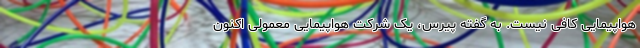
هواپیمایی کافی نیست. به گفته پیرس، یک شرکت هواپیمایی معمولی اکنون